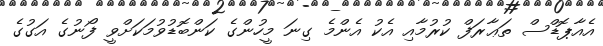
އެއާޕޮޑްސް ތަޢާރަފް ކުރުމާއި އެކު އެންމެ ގިނަ މީހުންގެ ކަންބޮޑުވުމަކަށްވީ ފޯނުގެ އަގުގެ